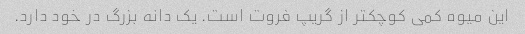
این میوه کمی کوچکتر از گریپ فروت است. یک دانه بزرگ در خود دارد.